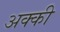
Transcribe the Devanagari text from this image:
अक्की